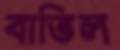
বাতিল